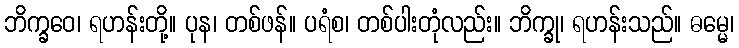
ဘိက္ခဝေ၊ ရဟန်းတို့။ ပုန၊ တစ်ဖန်။ ပရံစ၊ တစ်ပါးတုံလည်း။ ဘိက္ခု၊ ရဟန်းသည်။ ဓမ္မေ၊